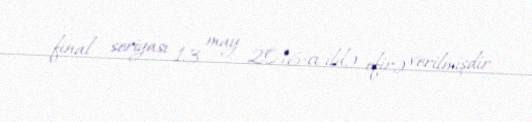
final seriyası 13 may 2016-cı ildə efirə verilmişdir.